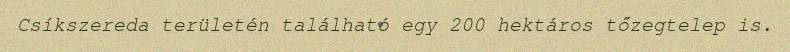
Csíkszereda területén található egy 200 hektáros tőzegtelep is.